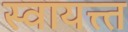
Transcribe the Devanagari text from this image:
स्वायत्त्त